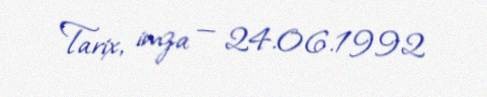
Tarix, imza — 24.06.1992